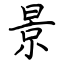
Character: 景